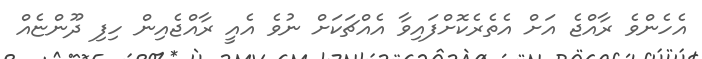
އެހެންވެ ރާއްޖެ އަށް އެތެރެކޮށްފައިވާ އެއްޗަކަށް ނުވެ އެއީ ރާއްޖެއިން ހިފި ދޫންޏެއް